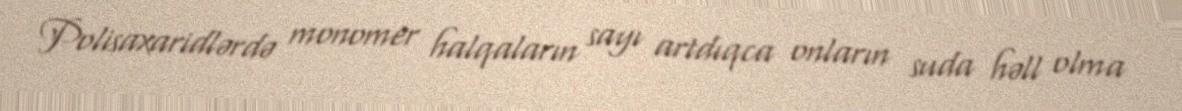
Polisaxaridlərdə monomer halqaların sayı artdıqca onların suda həll olma